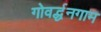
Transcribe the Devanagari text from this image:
गोवर्द्धनगाम